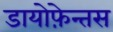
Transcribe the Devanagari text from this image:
डायोफ़ेन्तस